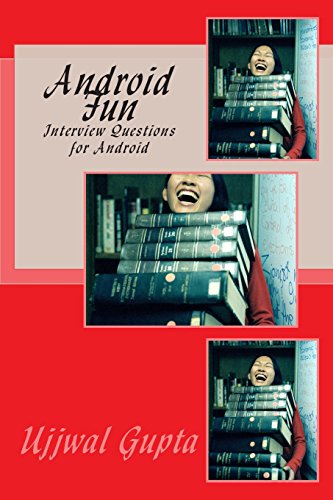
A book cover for Android Fun; Mr Ujjwal Kumar Gupta; Computers & Technology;